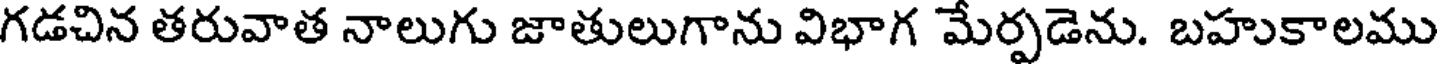
గడచిన తరువాత నాలుగు జాతులుగాను విభాగ మేర్పడెను. బహుకాలము